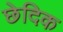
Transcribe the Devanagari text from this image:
छेदिक